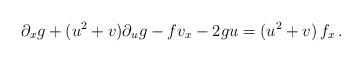
LaTeX: \begin{align*}\partial_xg+(u^2+v)\partial_ug-fv_x-2gu=(u^2+v)\,f_x\,.\end{align*}